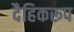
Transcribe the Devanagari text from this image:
दैहिकरूप